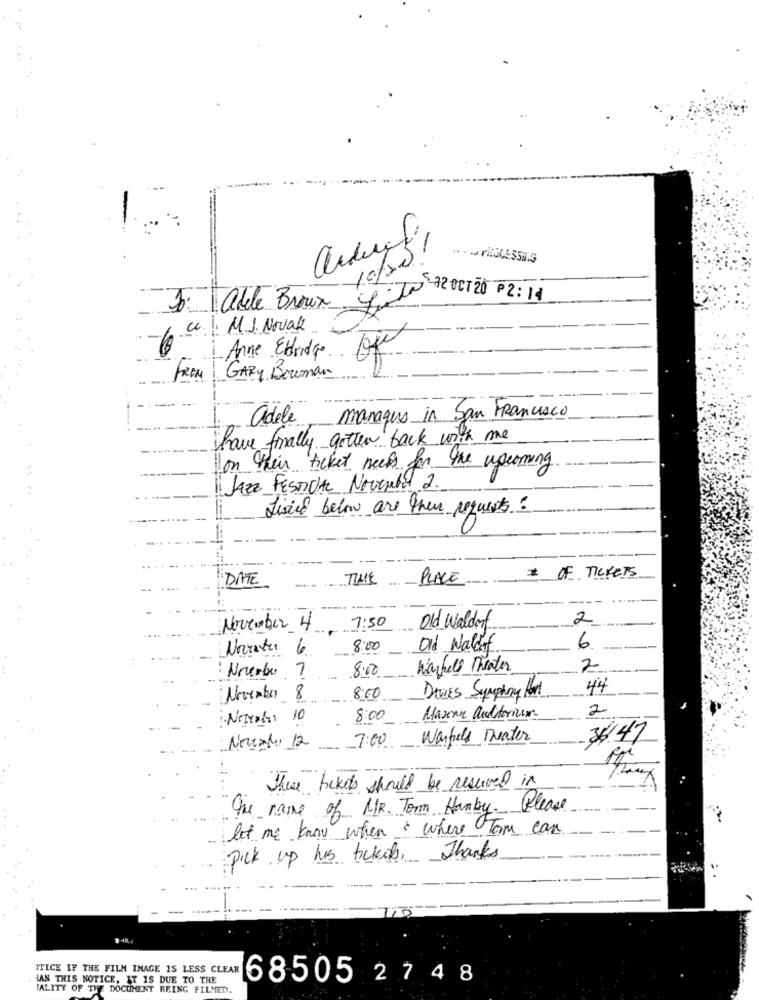
2
3
10/20
Jo: adele Broux
LuiTo 72 OCT20 P2:14
M.J. Novak
-6
Anne Eldridge
FROM
GARY Bowman
adele
maraque in San Francisco
have finally gotten back with me
on their ticket needs for the upcoming
JAZZ FESTIVAL November 2.
Listed below are their requests ?
DATE
TIME
PLACE
* OF TICKETS
7:50
2
November 4
Old Waldorf
Notater 6.
8:00
Old Waldof
6
:
8.00
Warhell Theater
2
Nrember ?
-2
44
8:00
DAVIES Symphony Hart
2
.Netrot: 10
8:00
Mazenic auditorium
Warfels Deater
36/4
Novaly 12 7:00
These tickets should be reserved in
The name of MR. Term Hanby. Please
let me know when & where Tom can
pick up his tickets, Thanks
JTICE IF THE FILM IMAGE IS LESS CLEAR
IAN THIS NOTICE, IT IS DUE TO THE
68505 274 8
TALITY OF THE DOCUMENT BEING FILMED.